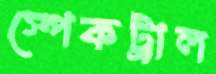
স্পেকট্রাল